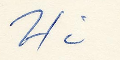
Hi